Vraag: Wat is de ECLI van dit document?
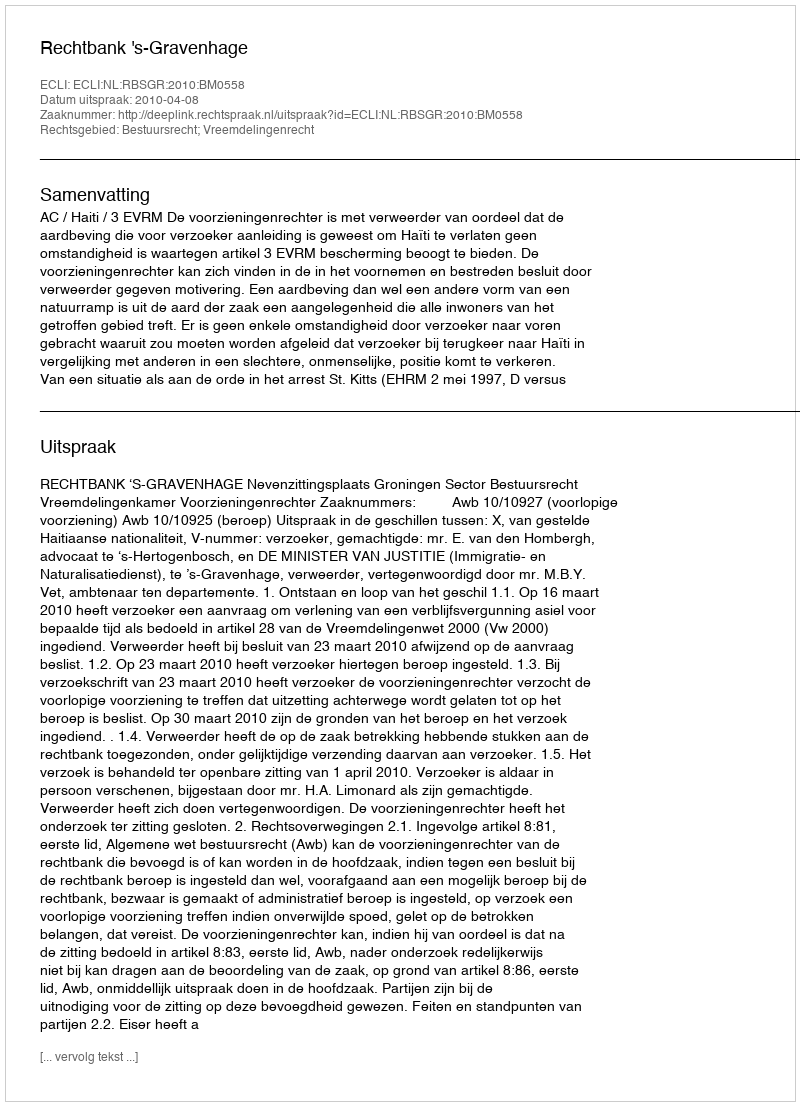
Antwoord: ECLI:NL:RBSGR:2010:BM0558